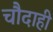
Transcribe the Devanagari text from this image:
चौदाही